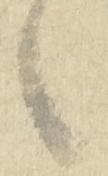
之